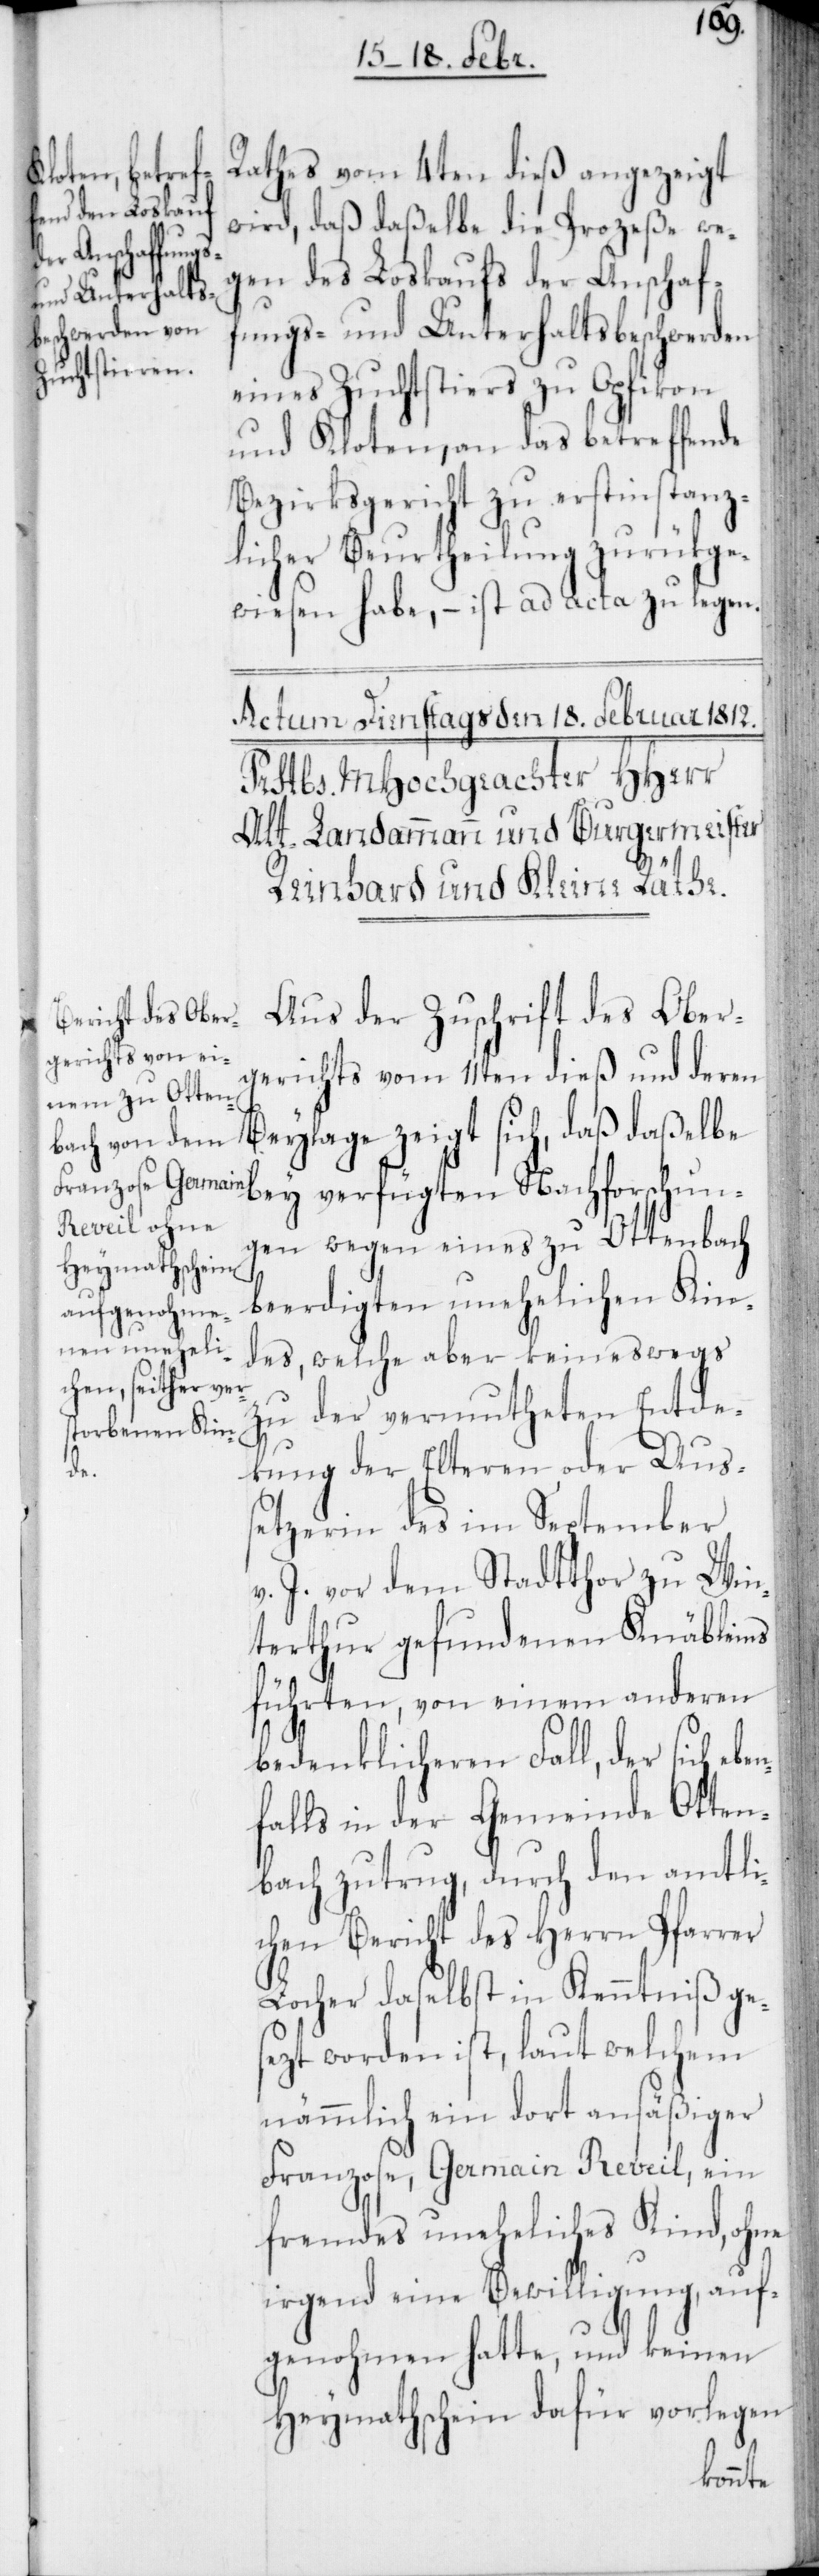
Rathes vom 4ten dieß angezeigt
Nachforschu¬
wird, daß daßelbe die Prozeße we¬
gen des Loskaufs der Anschaf¬
fungs- und Unterhaltsbeschwerden
eines Zuchtstiers zu Opfikon
und Kloten, an das betreffende
Bezirksgericht zu erstinstanz¬
licher Beurtheilung zurükge¬
wiesen habe, – ist ad acta zu legen.
Aus der Zuschrift des Oberg¬
erichts vom 11ten dieß und deren
Beylage zeigt sich, daß daßelbe
ngen wegen eines zu Ottenbach
beerdigten unehelichen Kin¬
des, welche aber keineswegs
zu der vermutheten Entde¬
kung der Elteren oder Aus¬
se¬
tzerin des im September
v. J. vor dem Stadtthor zu Win¬
terthur gefundenen Knäbleins
führten, von einem anderen
bedenklicheren Fall, der sich e¬
falls in der Gemeinde Otten¬
bach zutrug, durch den amtli¬
chen Bericht des Herrn Pfarrer
Locher daselbst in Kenntniß ges¬
ezt worden ist, laut welchem
nämmlich ein dort ansäßiger
Franzose, Germain Reveil, ein
fremdes uneheliches Kind, ohne
irgend eine Bewilligung, auf¬
genohmen hatte, und keinen
Heymathschein dafür vorlegen
ben¬